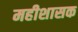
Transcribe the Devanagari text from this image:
महीशासक